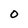
Character: O